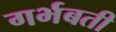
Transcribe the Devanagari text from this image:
गर्भबती